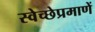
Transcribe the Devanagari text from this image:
स्वेच्छेप्रमाणें